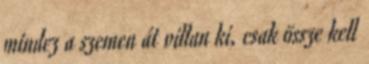
mindez a szemen át villan ki, csak össze kell